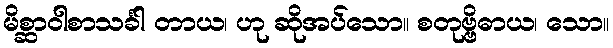
မိစ္ဆာဝါစာသင်္ခါ တာယ၊ ဟု ဆိုအပ်သော။ စတုဗ္ဗိဓာယ၊ သော။